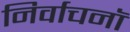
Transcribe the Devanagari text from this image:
निर्वाचनॉ